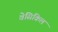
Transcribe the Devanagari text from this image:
वेसिकिल